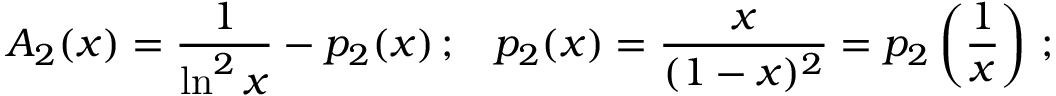
{ \cal A } _ { 2 } ( x ) = \frac { 1 } { \ln ^ { 2 } x } - p _ { 2 } ( x ) \, ; \ \ \, p _ { 2 } ( x ) = \frac { x } { ( 1 - x ) ^ { 2 } } = p _ { 2 } \left( \frac { 1 } { x } \right) \, ;